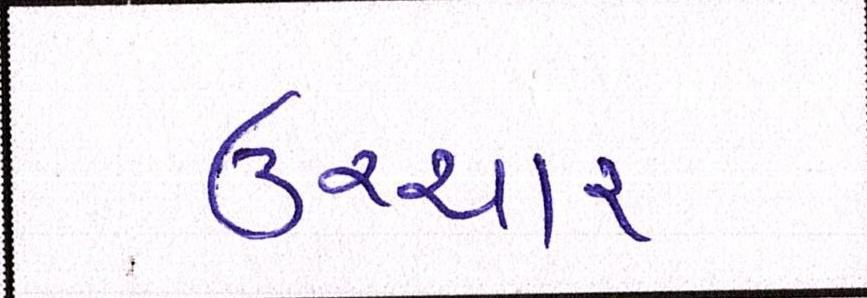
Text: ઉચ્ચાર